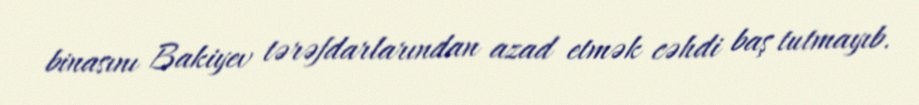
binasını Bakiyev tərəfdarlarından azad etmək cəhdi baş tutmayıb.